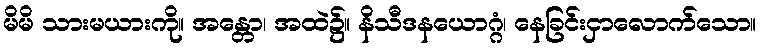
မိမိ သားမယားကို။ အန္တော၊ အထဲ၌။ နိသီဒနယောဂ္ဂံ၊ နေခြင်းငှာလောက်သော။